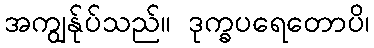
အကျွန်ုပ်သည်။ ဒုက္ခပရေတောပိ၊